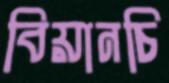
বিয়ানচি